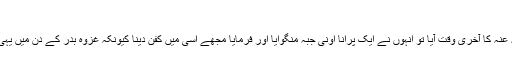
( الریاض النضرۃ )
زہری رحمہ اللہ روایت کرتے ہیں کہ جب حضرت سعد بن ابی وقاص رضی اللہ عنہ کا آخری وقت آیا تو انہوں نے ایک پرانا اونی جبہ منگوایا اور فرمایا مجھے اسی میں کفن دینا کیونکہ غزوہ بدر کے دن میں یہی پہن کر مشرکین کا مقابلہ کیاتھا اور یہ میں نے آج کے دن لیے چھپا رکھا تھا ۔